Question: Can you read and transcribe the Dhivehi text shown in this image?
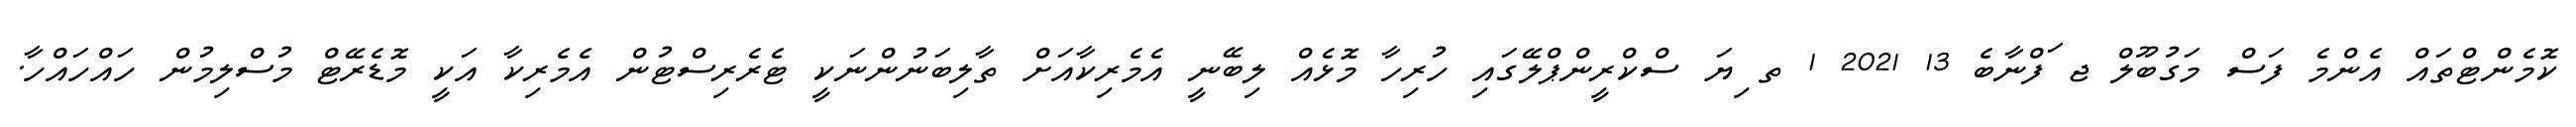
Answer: ކޮމެންޓްތައް އެންމެ ފަސް މަގުބޫލް ޖ ަފްނާބެ 13 2021 1 ތ ިޔަ ސްކްރީންޕްލޭގައި ހުރިހާ މޮޅެއް ލިބޭނީ އެމެރިކާއަށް ތާލިބަނުންނަކީ ޓެރެރިސްޓުން އެމެރިކާ އަކީ މޮޑެރޭޓް މުސްލިމުން ހައްހައްހާ.